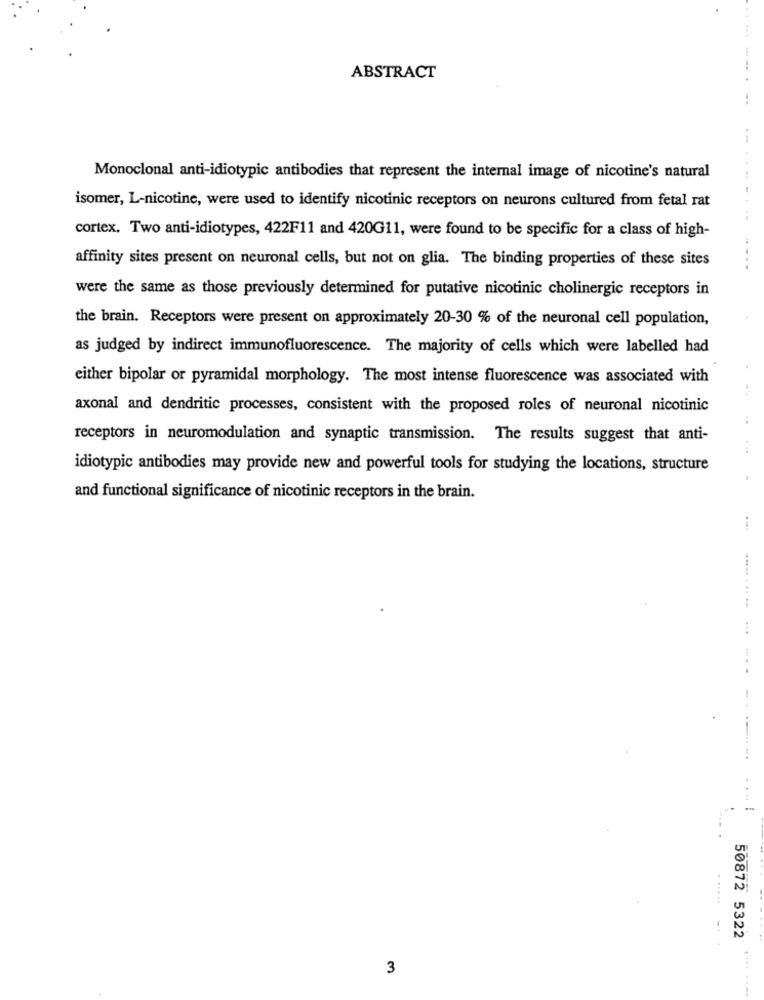
ABSTRACT
..
...
Monoclonal anti-idiotypic antibodies that represent the internal image of nicotine's natural
isomer, L-nicotine, were used to identify nicotinic receptors on neurons cultured from fetal rat
cortex. Two anti-idiotypes, 422F11 and 420G11, were found to be specific for a class of high-
affinity sites present on neuronal cells, but not on glia. The binding properties of these sites
.....
were the same as those previously determined for putative nicotinic cholinergic receptors in
the brain. Receptors were present on approximately 20-30 % of the neuronal cell population,
as judged by indirect immunofluorescence. The majority of cells which were labelled had
either bipolar or pyramidal morphology. The most intense fluorescence was associated with
axonal and dendritic processes, consistent with the proposed roles of neuronal nicotinic
..
receptors in neuromodulation and synaptic transmission. The results suggest that anti-
idiotypic antibodies may provide new and powerful tools for studying the locations, structure
and functional significance of nicotinic receptors in the brain.
...
. .
50872 5322
3